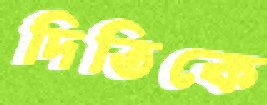
দিতিকে